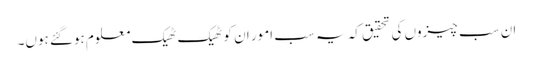
ان سب چیزوں کی تحقیق کہ یہ سب امور ان کو ٹھیک ٹھیک معلوم ہوگئے ہوں۔